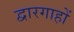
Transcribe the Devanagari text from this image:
द्वारगाहों